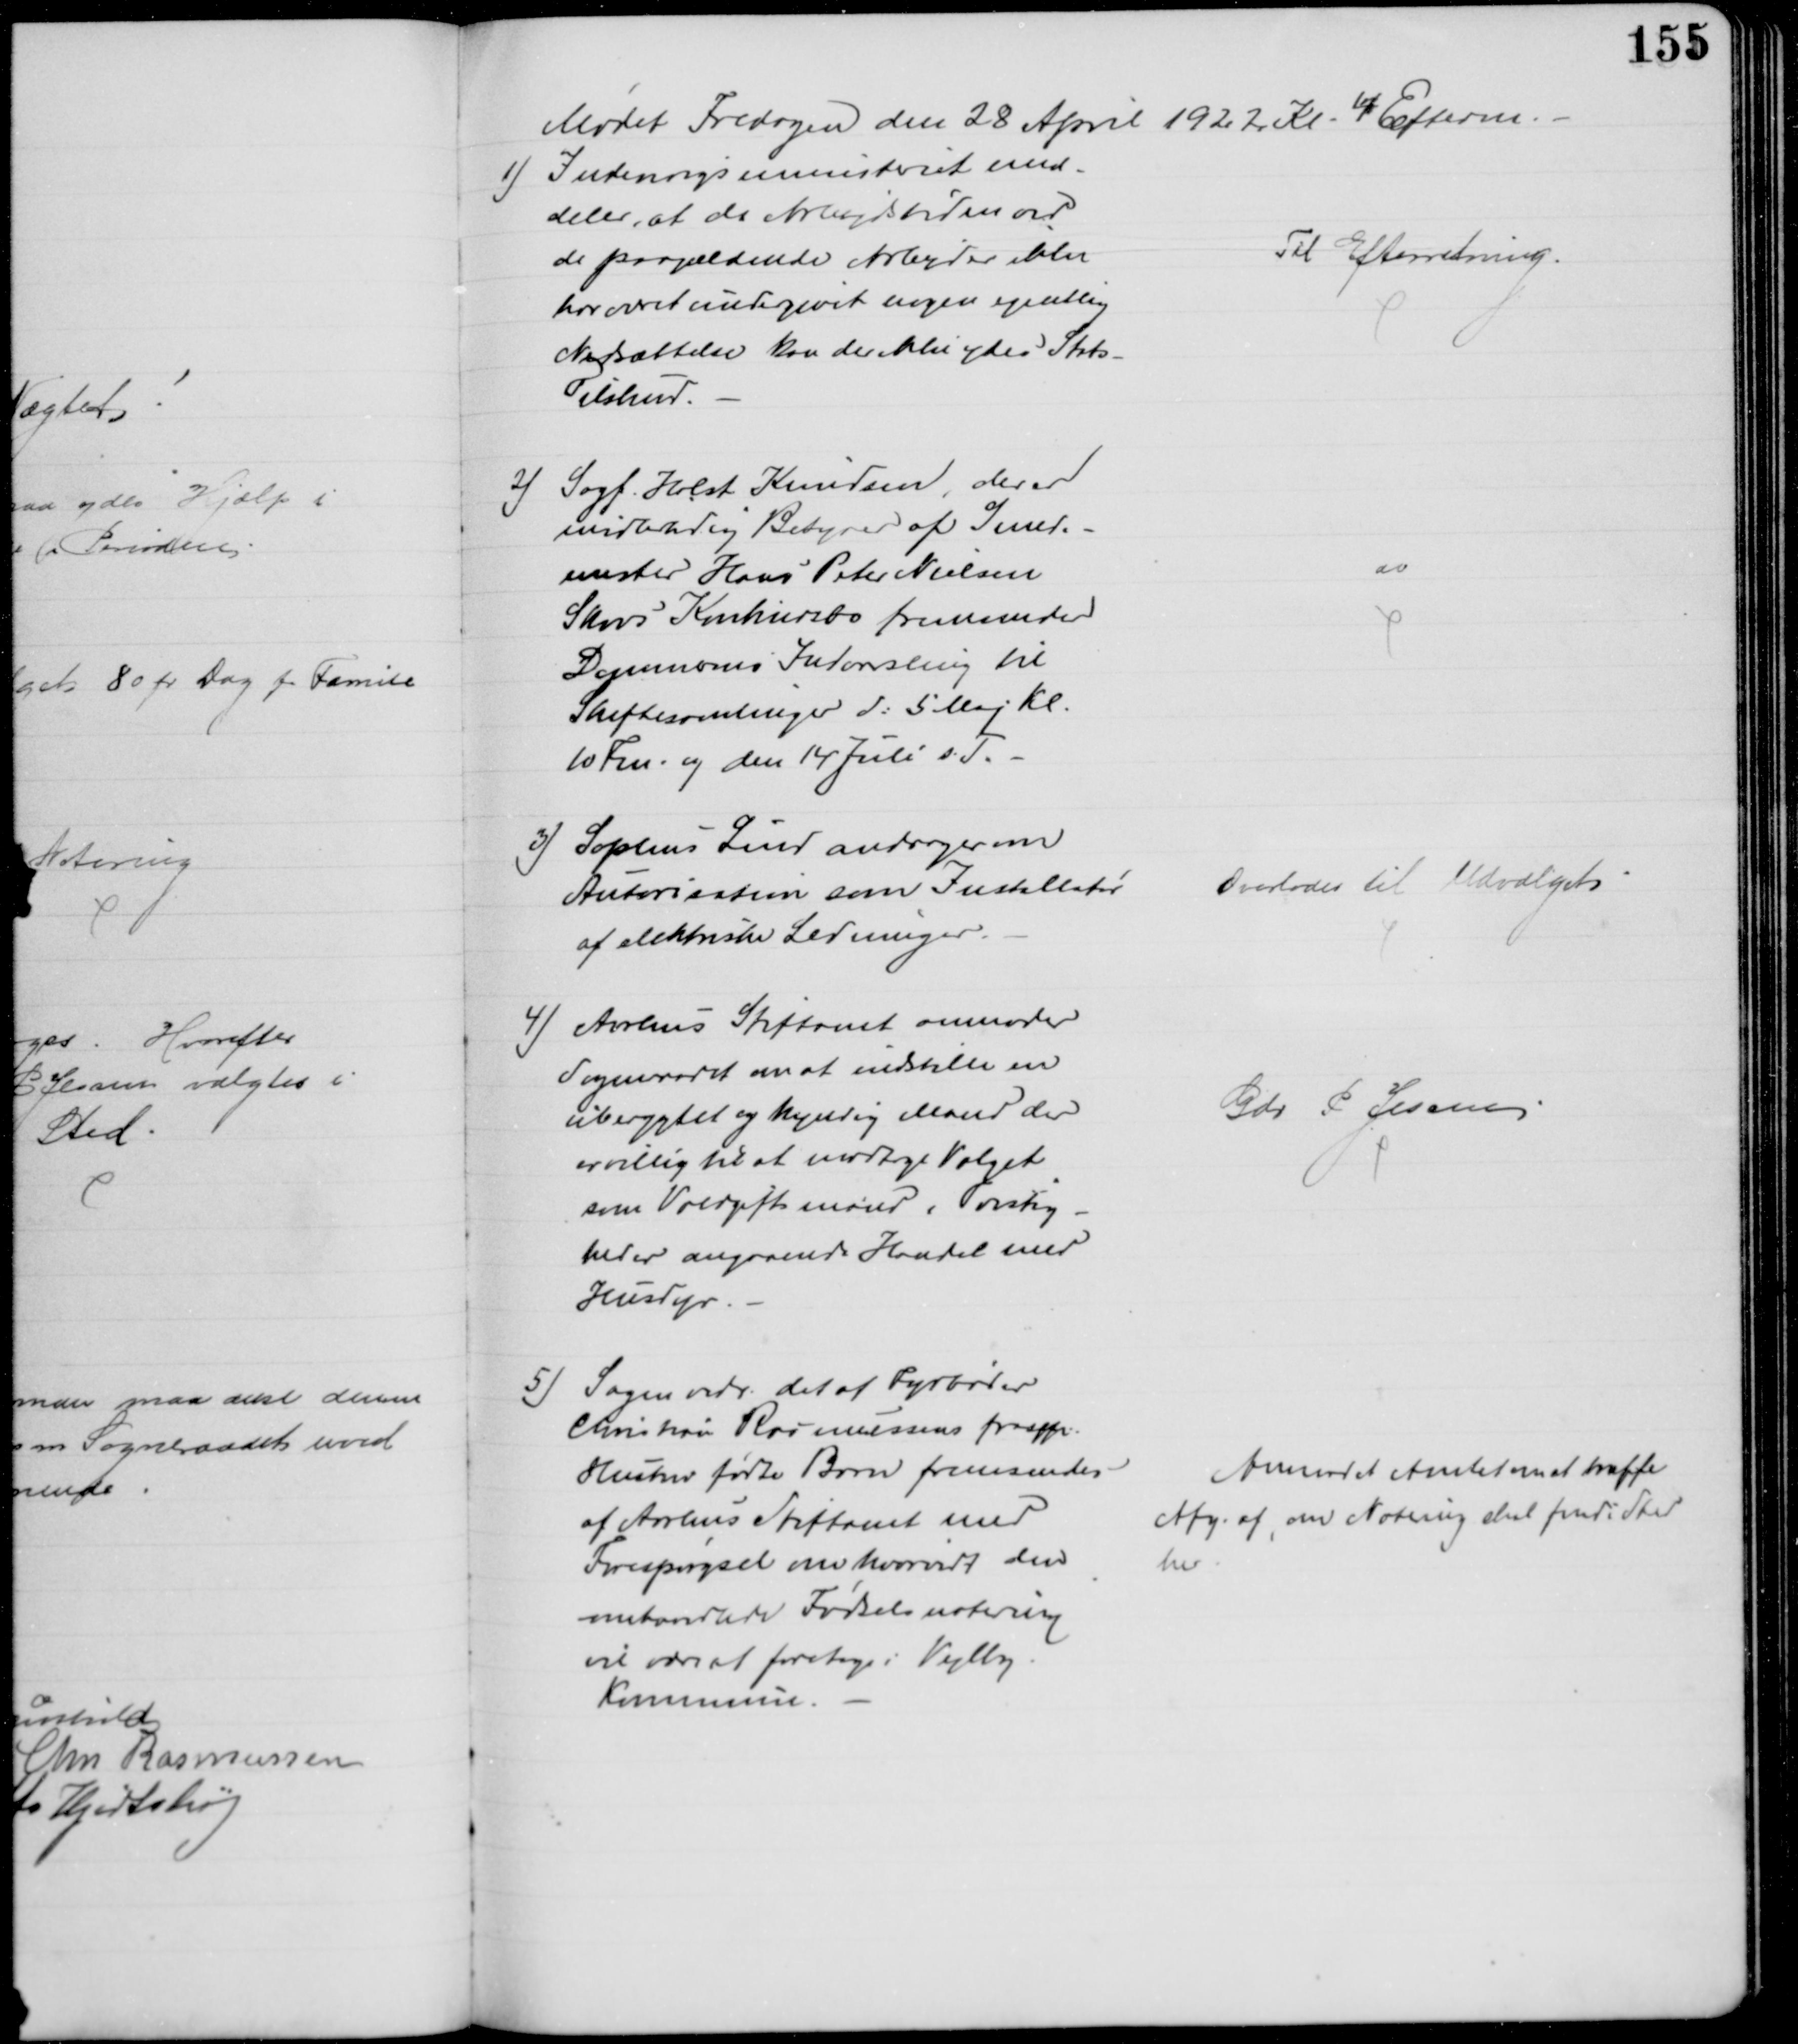
Transskription:
Mødet Fredagen den 28 April 1922. Kl. 4 Efterm.
1) Indenrigsministeriet med-
deler, at da Arbejdstiden ved
de paagældende Arbejder ikke
har været undergivet nogen egentlig
Nedsættelse kan der ikke ydes Stats-
Tilskud.
Til Efterretning.
2)
Sagf. Holst Knudsen, der er
midlertidig Bestyrer af Smede-
mester Hans Peter Nielsen
Skovs Konkursbo fremsender
Dommerens Indvarsling til
Skiftesamlinger d: 5 Maj Kl.
10 Fm og den 14 Juli s. T.
do
3) Sophus Lind andrager om
Autorisation som Installatør
af elektriske Ledninger.
Overlodes til Udvalget
4) Aarhus Stiftamt anmoder
Sogneraadet om at indstille en
uberygtet og kyndig Mand der
er villig til at modtage Valget
som Voldgiftsmand i Tvistig-
heder angaaende Handel med
Husdyr.
Gdr P Jessen
5) Sagen vedr. det af Fyrbøder
Christian Rasmussens frasppr.
Hustru fødte Barn fremsendes
af Aarhus Stiftamt med
Forespørgsel om hvorvidt den
omhandlede Fødselsnotering 
vil være at foretage i Vejlby
Kommune.
Anmodet Amtet om at træffe
Afg. af om Notering skal finde Sted
her